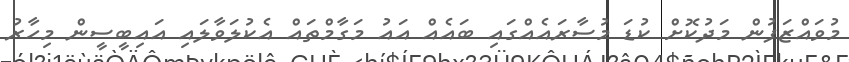
މުވައްޒަފުން މަދުކޮށް ކުޑަ މުސާރައެއްގައި ބައެއް އައު މަގާމްތައް އެކުލަވާލައި އައިބީސީން މިހާރު